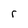
Character: r